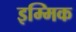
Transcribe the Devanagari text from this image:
इम्मिक